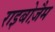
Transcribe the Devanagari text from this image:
राइबोज़ैम